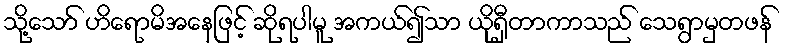
သို့သော် ဟိရောမိအနေဖြင့် ဆိုရပါမူ အကယ်၍သာ ယိုရှီတာကာသည် သေရွာမှတဖန်